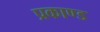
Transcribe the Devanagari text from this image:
प्रकाण्‍ड